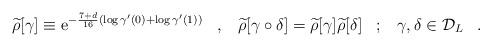
LaTeX: \begin{align*}\widetilde{\rho}[\gamma]\equiv {\rm e}^{-{7+d\over 16}(\log \gamma'(0) + \log \gamma'(1) )}\;\;\;,\;\;\;\widetilde{\rho}[\gamma \circ \delta] = \widetilde{\rho}[\gamma]\widetilde{\rho}[\delta]\;\;\;;\;\;\;\gamma,\delta \in {\cal D}_L \;\;\;.\end{align*}